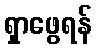
ရှာဖွေရန်